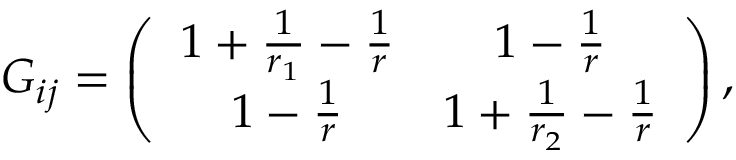
G _ { i j } = \left( \begin{array} { c c } { { 1 + \frac { 1 } { r _ { 1 } } - \frac { 1 } { r } } } & { { 1 - \frac { 1 } { r } } } \\ { { 1 - \frac { 1 } { r } } } & { { 1 + \frac { 1 } { r _ { 2 } } - \frac { 1 } { r } } } \end{array} \right) ,